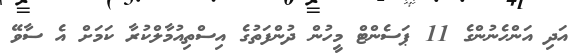
އަދި އަންހެނުންގެ 11 ޕަސެންޓް މީހުން ދުންފަތުގެ އިސްތިއުމާލްކުރާ ކަމަށް އެ ސާވޭ